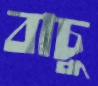
বাচু